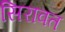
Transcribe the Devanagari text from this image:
सिरावत